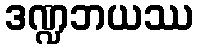
ဒဏ္ဍဘယဿ